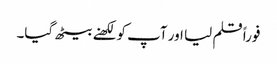
فوراً قلم لیا اور آپ کو لکھنے بیٹھ گیا۔